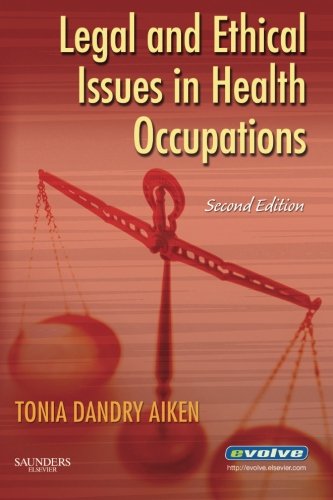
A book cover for Legal and Ethical Issues in Health Occupations, 2e; Elsevier; Medical Books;